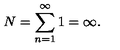
N = \sum _ { n = 1 } ^ { \infty } 1 = \infty { . }